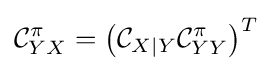
{\mathcal {C}}_{YX}^{\pi }=\left({\mathcal {C}}_{X\mid Y}{\mathcal {C}}_{YY}^{\pi }\right)^{T}